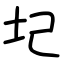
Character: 圮